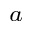
^ { a }